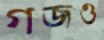
গজও